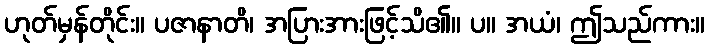
ဟုတ်မှန်တိုင်း။ ပဇာနာတိ၊ အပြားအားဖြင့်သိ၏။ ပ။ အယံ၊ ဤသည်ကား။